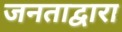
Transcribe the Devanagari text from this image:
जनताद्वारा